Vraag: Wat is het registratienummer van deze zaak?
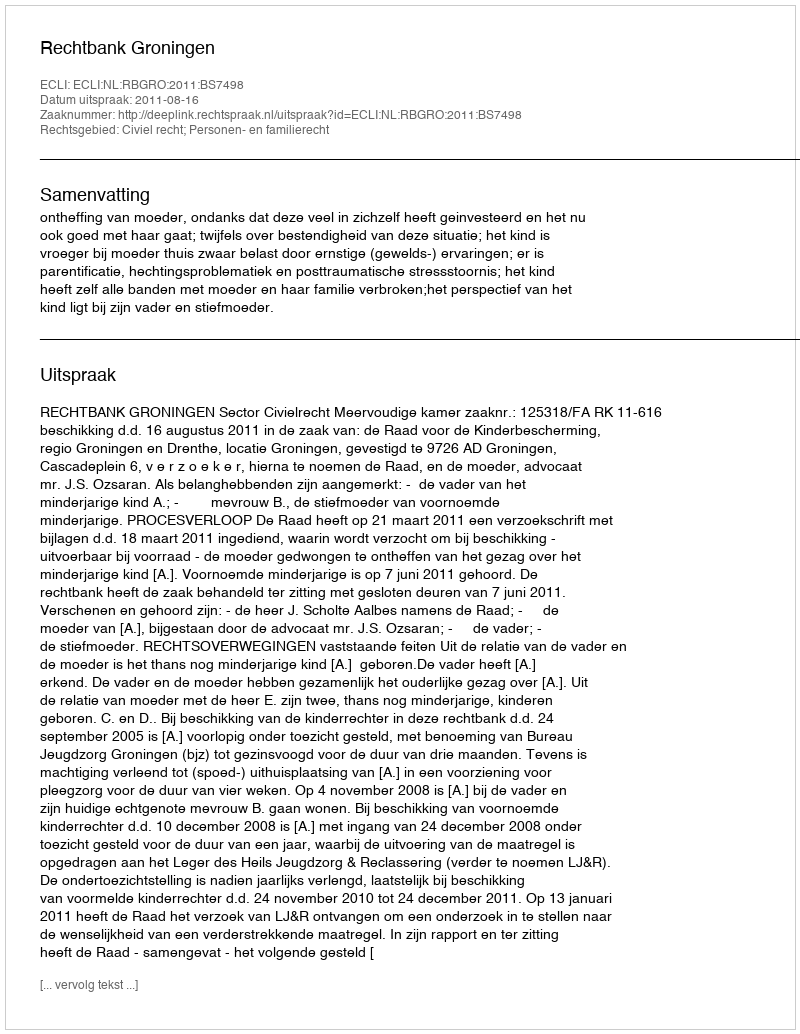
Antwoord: http://deeplink.rechtspraak.nl/uitspraak?id=ECLI:NL:RBGRO:2011:BS7498